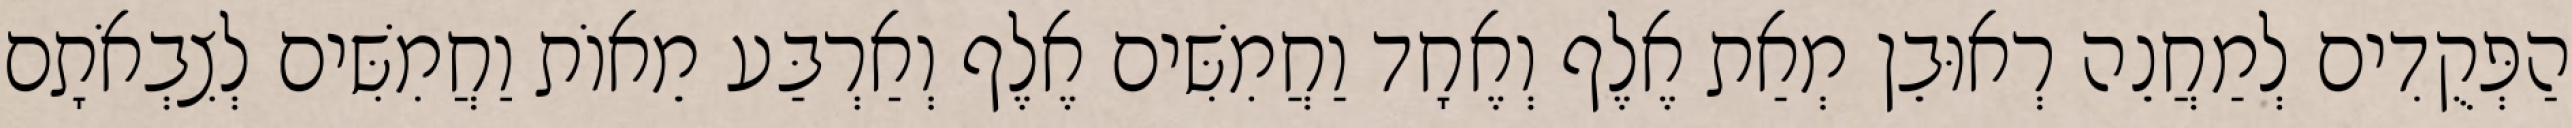
הַפְּקֻדִים לְמַחֲנֵה רְאוּבֵן מְאַת אֶלֶף וְאֶחָד וַחֲמִשִּׁים אֶלֶף וְאַרְבַּע מֵאוֹת וַחֲמִשִּׁים לְצִבְאֹתָם